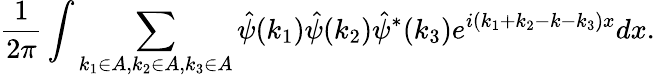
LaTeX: \frac{1}{2\pi}\int\sum_{k_{1}\in A,k_{2}\in A,k_{3}\in A}\hat{\psi}(k_{1})\hat{\psi}(k_{2})\hat{\psi}^{*}(k_{3})e^{i(k_{1}+k_{2}-k-k_{3})x}dx.